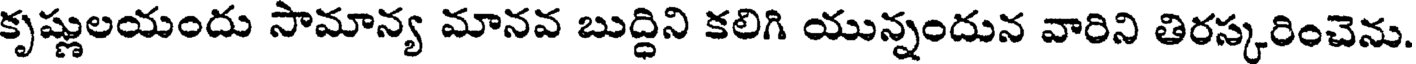
కృష్ణులయందు సామాన్య మానవ బుద్ధిని కలిగి యున్నందున వారిని తిరస్కరించెను.